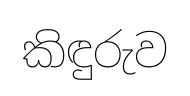
කිඳුරුව